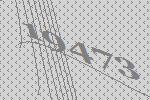
19473